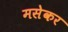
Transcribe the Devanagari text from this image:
मसेकर